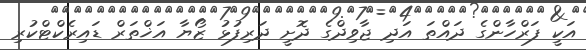
އަކީ ފަރްހާންގެ ދައްތަ އަދި ޖާވިދްގެ ދޮށީ ދަރިފުޅު ޒޯޔާ އަޚްތަރް ޑައިރެކްޓްކުރި